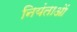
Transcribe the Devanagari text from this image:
नियंताओं